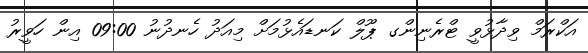
އަކްރަމް ވިދާޅުވީ ޓްރެނިންގ ޕޫލް ކަނޑައެޅުމަށް މިއަދު ހެނދުނު 09:00 އިން ހަވީރު